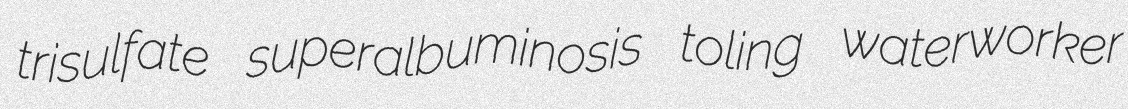
trisulfate superalbuminosis toling waterworker